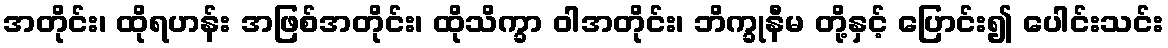
အတိုင်း၊ ထိုရဟန်း အဖြစ်အတိုင်း၊ ထိုသိက္ခာ ဝါအတိုင်း၊ ဘိက္ခုနီမ တို့နှင့် ပြောင်း၍ ပေါင်းသင်း